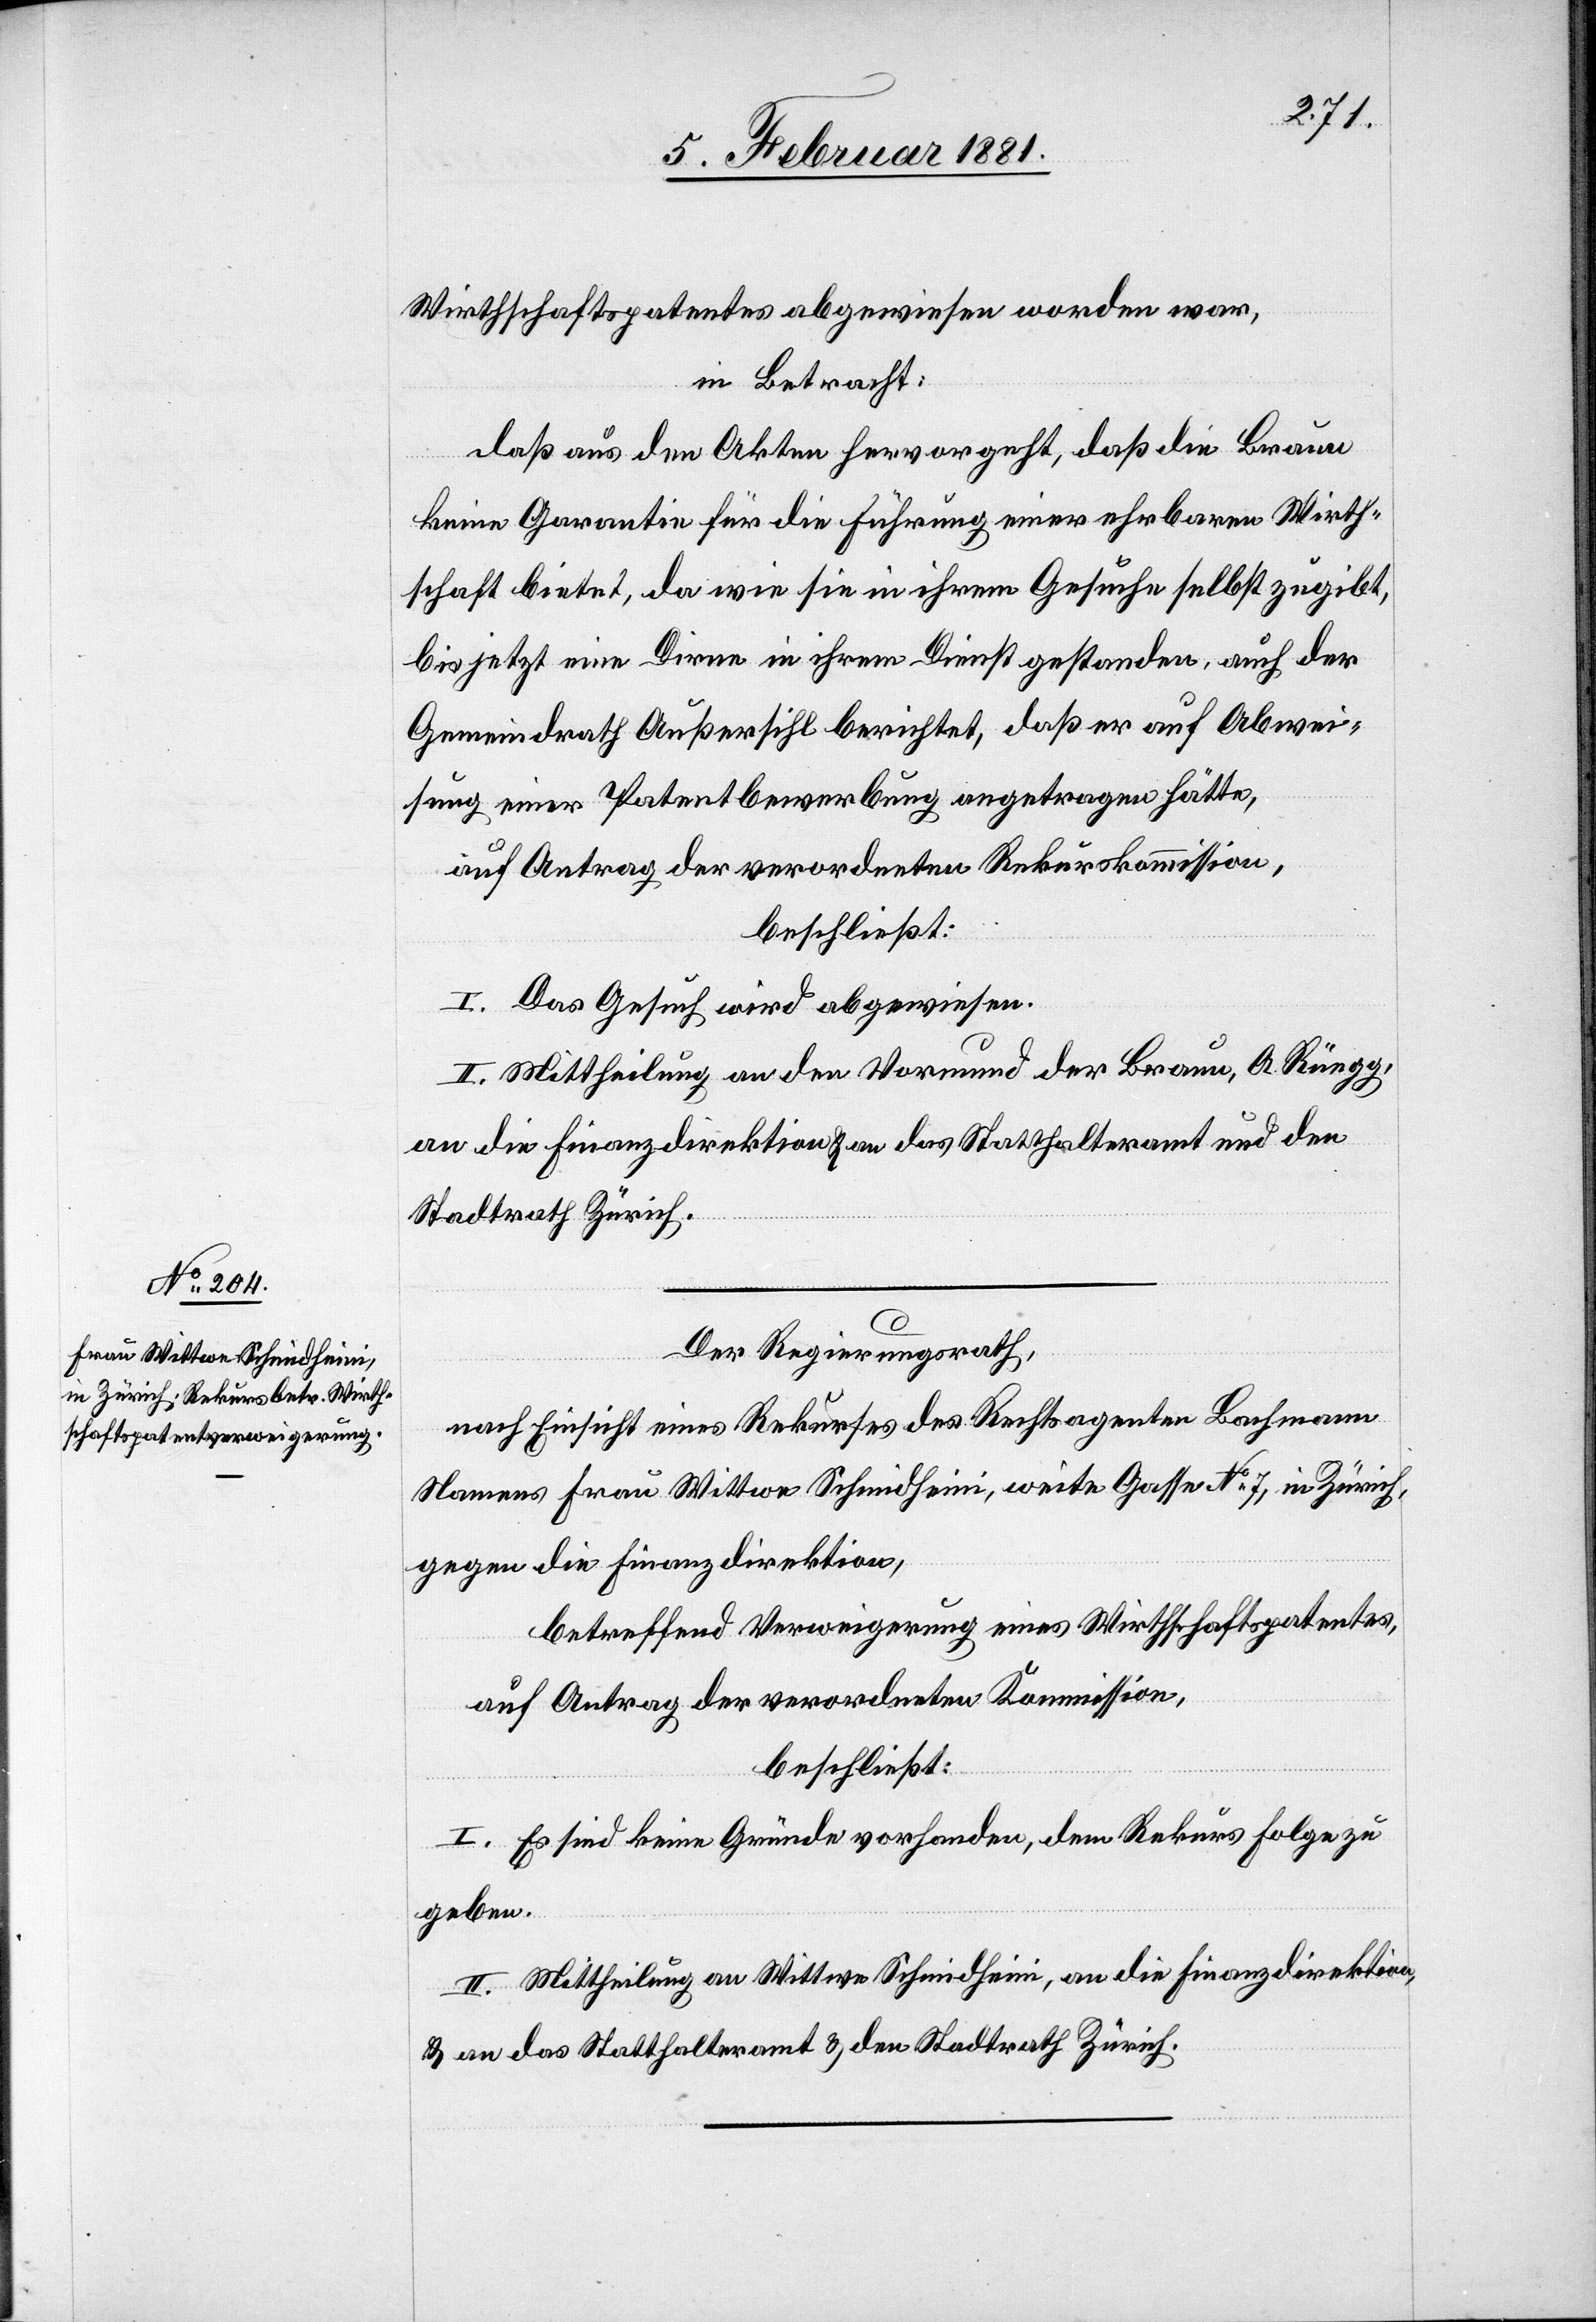
Wirthschaftspatentes abgewiesen worden war,
in Betracht:
daß aus den Akten hervorgeht, daß die Braun
keine Garantie für die Führung einer ehrbaren Wirth¬
schaft bietet, da wie sie in ihrem Gesuche selbst zugibt,
bis jetzt eine Dirne in ihrem Dienst gestanden, auch der
Gemeindrath Außersihl berichtet, daß er auf Abwei¬
sung einer Patentbewerbung angetragen hätte,
beschließt:
I. Das Gesuch wird abgewiesen.
II. Mittheilung an den Vormund der Braun, A. Rüegg,
an die Finanzdirektion & an das Statthalteramt und den
Stadtrath Zürich.
Der Regierungsrath,
nach Einsicht eines Rekurses des Rechtsagenten Bachmann
Namens Frau Wittwe Schmidheini, weite Gasse No 7, in Zürich,
gegen die Finanzdirektion,
betreffend Verweigerung eines Wirthschaftspatentes
auf Antrag der verordneten Kommission,
beschließt:
I. Es sind keine Gründe vorhanden, dem Rekurs Folge zu
geben.
II. Mittheilung an Wittwe Schmidheini, an die Finanzdirektion,
& an das Statthalteramt & den Stadtrath Zürich.